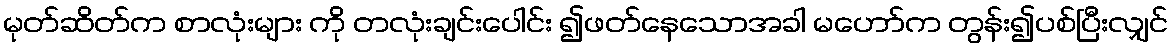
မုတ်ဆိတ်က စာလုံးများ ကို တလုံးချင်းပေါင်း ၍ဖတ်နေသောအခါ မဟော်က တွန်း၍ပစ်ပြီးလျှင်